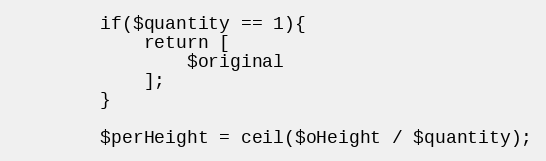
Language: PHP
        if($quantity == 1){
            return [
                $original
            ];
        }

        $perHeight = ceil($oHeight / $quantity);